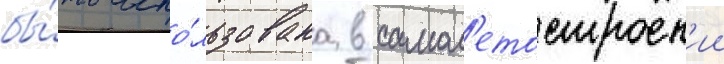
бы́ть испо́льзована в самол'етостроен'ии